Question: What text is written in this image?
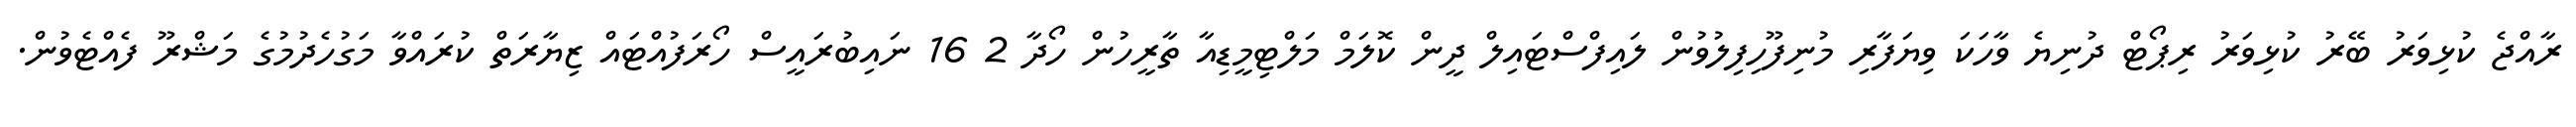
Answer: ރާއްޖެ ކުޅިވަރު ބޭރު ކުޅިވަރު ރިޕޯޓް ދުނިޔެ ވާހަކަ ވިޔަފާރި މުނިފޫހިފިލުވުން ލައިފްސްޓައިލް ދީން ކޮލަމް މަލްޓިމީޑިއާ ތާރީހުން ހޯދާ 2 16 ނައިބުރައީސް ހޯރަފުއްޓައް ޒިޔާރަތް ކުރައްވާ މަގުހެދުމުގެ މަޝްރޫ ފެއްޓެވުން.